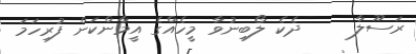
ރަސޫލާ     ދެކެ ލޯބިނުވާ މީހެއްގެ އީމާންކަން ފުރިހަމަ